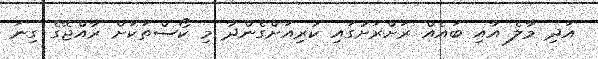
އަދި މާލެ އާއި ބައެއް ރަށްރަށުގައި ކުރިއަށްގެންދާ މި ކޯސްތަކަށް ރާއްޖޭގެ ގިނަ